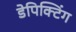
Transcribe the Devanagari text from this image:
डेपिक्टिंग